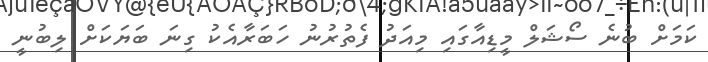
ކަމަށް ބުނެ ސޯޝަލް މީޑިއާގައި މިއަދު ފެތުރުނު ހަބަރާއެކު ގިނަ ބަޔަކަށް ލިބުނީ